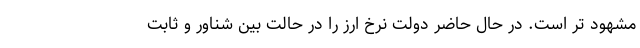
مشهود تر است. در حال حاضر دولت نرخ ارز را در حالت بین شناور و ثابت